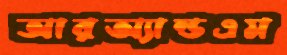
আরঅ্যান্ডএম